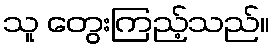
သူ တွေးကြည့်သည်။